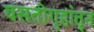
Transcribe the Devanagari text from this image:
वसतीगृहांतून